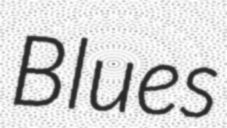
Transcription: Blues